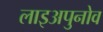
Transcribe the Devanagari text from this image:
लाइअपुनोव